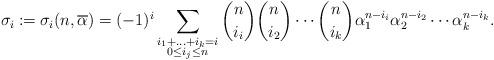
LaTeX: \begin{align*} \sigma_i \coloneqq \sigma_i(n, \overline{\alpha})=(-1)^i\sum_{\substack{i_1+\ldots+i_k=i \\ 0 \leq i_j \leq n}} \binom{n}{i_i}\binom{n}{i_2}\cdots \binom{n}{i_k}\alpha_1^{n-i_i}\alpha_2^{n-i_2}\cdots \alpha_k^{n-i_k}.\end{align*}